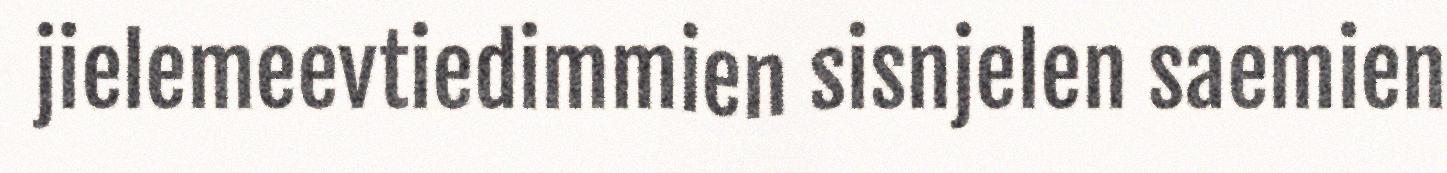
jielemeevtiedimmien sisnjelen saemien